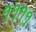
૧૧૧૧